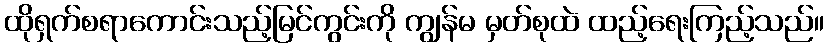
ထိုရှက်စရာကောင်းသည့်မြင်ကွင်းကို ကျွန်မ မှတ်စုထဲ ထည့်ရေးကြည့်သည်။